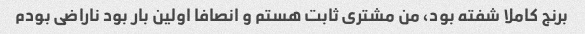
برنج کاملا شفته بود، من مشتری ثابت هستم و انصافا اولین بار بود ناراضی بودم